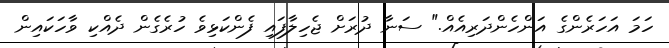
ހަމަ އަހަރެންގެ އަންހެންދަރިއެއް." ސަނާ ދުރަށް ޖެހިލާފައި ފެންކަޅިވެ ހުރެގެން ދެއްކި ވާހަކައިން